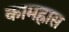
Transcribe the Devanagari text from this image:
कामह्रास